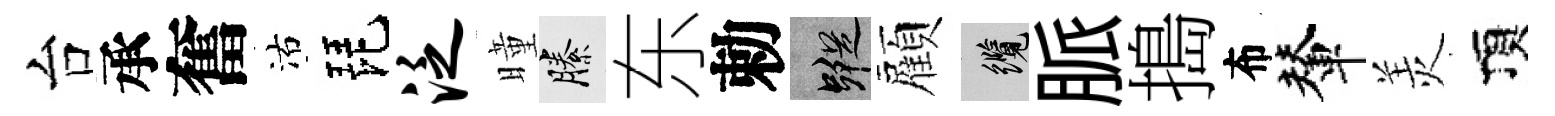
台承奮沽琵泛曈縢东勅蹤顏纜脈搗布輦羙頂